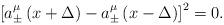
LaTeX: \begin{align*}\left[ a_{\pm }^\mu \left( x+\Delta \right) -a_{\pm }^\mu \left( x-\Delta\right) \right] ^2=0. \end{align*}